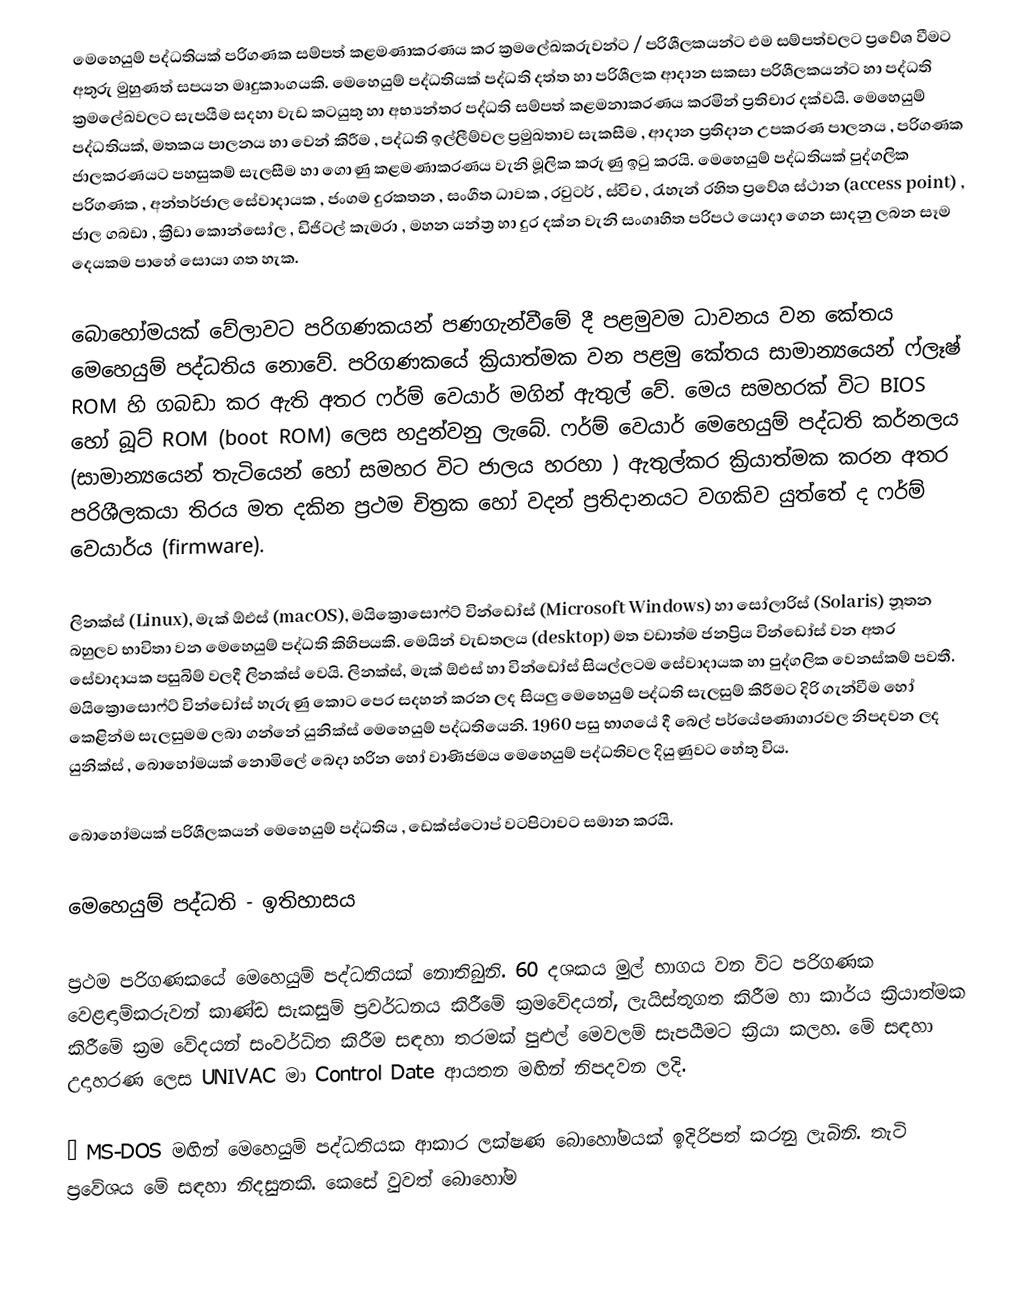
මෙහෙයුම් පද්ධතියක් පරිගණක සම්පත් කළමණාකරණය කර ක්‍රමලේඛකරුවන්ට / පරිශීලකයන්ට එම සම්පත්වලට ප්‍රවේශ වීමට අතුරු මුහුණත් සපයන මෘදුකාංගයකි. මෙහෙයුම් පද්ධතියක් පද්ධති දත්ත හා පරිශීලක ආදාන සකසා පරිශීලකයන්ට හා පද්ධති ක්‍රමලේඛවලට සැපයීම සදහා වැඩ කටයුතු හා අභ්‍යන්තර පද්ධති සම්පත් කළමනාකරණය කරමින් ප්‍රතිචාර දක්වයි. මෙහෙයුම් පද්ධතියක්, මතකය පාලනය හා වෙන් කිරීම , පද්ධති ඉල්ලීම්වල ප්‍රමුඛතාව සැකසීම , ආදාන ප්‍රතිදාන උපකරණ පාලනය , පරිගණක ජාලකරණයට පහසුකම් සැලසීම හා ගොණු කළමණාකරණය වැනි මූලික කරුණු ඉටු කරයි. මෙහෙයුම් පද්ධතියක් පුද්ගලික පරිගණක , අන්තර්ජාල සේවාදායක , ජංගම දුරකතන , සංගීත ධාවක , රවුටර් , ස්විච , රැහැන් රහිත ප්‍රවේශ ස්ථාන (access point) , ජාල ගබඩා , ක්‍රීඩා කොන්සෝල , ඩිජිටල් කැමරා , මහන යන්ත්‍ර හා දුර දක්න වැනි සංගෘහිත පරිපථ යොදා ගෙන සාදනු ලබන සෑම දෙයකම පාහේ සොයා ගත හැක.

බොහෝමයක් වේලාවට පරිගණකයන් පණගැන්වීමේ දී පළමුවම ධාවනය වන කේතය මෙහෙයුම් පද්ධතිය නොවේ. පරිගණකයේ ක්‍රියාත්මක වන පළමු‍ කේතය සාමාන්‍යයෙන් ෆ්ලෑෂ් ROM හි ගබඩා කර ඇති අතර ෆර්ම් වෙයාර් මගින් ඇතුල් වේ. මෙය සමහරක් විට BIOS හෝ බූට් ROM (boot ROM) ලෙස හදුන්වනු ලැබේ. ෆර්ම් වෙයාර් මෙහෙයුම් පද්ධති කර්නලය (සාමාන්‍යයෙන් තැටියෙන් හෝ සමහර විට ජාලය හරහා ) ඇතුල්කර ක්‍රියාත්මක කරන අතර පරිශීලකයා තිරය මත දකින ප්‍රථම චිත්‍රක හෝ වදන් ප්‍රතිදානයට වගකිව යුත්තේ ද ෆර්ම් වෙයාර්ය (firmware).

ලිනක්ස් (Linux), මැක් ඕඑස් (macOS), මයික්‍රොසොෆ්ට් වින්ඩෝස් (Microsoft Windows) හා සෝලාරිස්  (Solaris) නූතන බහුලව භාවිතා වන මෙහෙයුම් පද්ධති කිහිපයකි. මෙයින් වැඩතලය (desktop) මත වඩාත්ම ජනප්‍රිය වින්ඩෝස් වන අතර සේවාදායක පසුබිම් වලදී ලිනක්ස් වෙයි. ලිනක්ස්, මැක් ඕඑස් හා වින්ඩෝස් සියල්ලටම සේවාදායක හා පුද්ගලික වෙනස්කම් පවතී. මයික්‍රොසොෆ්ට් වින්ඩෝස් හැරුණු කොට පෙර සදහන් කරන ලද සියලු මෙහෙයුම් පද්ධති සැලසුම් කිරීමට දිරි ගැන්වීම හෝ කෙළින්ම සැලසුමම ලබා ගන්නේ යුනික්ස් මෙහෙයුම් පද්ධතියෙනි. 1960 පසු භාගයේ දී බෙල් පර්යේෂණාගාරවල නිපදවන ලද යුනික්ස් , බොහෝමයක් නොමිලේ බෙදා හරින හෝ වාණිජමය මෙහෙයුම් පද්ධතිවල දියුණුවට හේතු විය.

බොහෝමයක් පරිශීලකයන් මෙහෙයුම් පද්ධතිය , ඩෙක්ස්ටොප්  වටපිටාවට සමාන කරයි.

මෙහෙයුම් පද්ධති - ඉතිහාසය

ප්‍රථම පරිගණකයේ මෙහෙයුම් පද්ධතියක් නොතිබුනි. 60 දශකය මුල් භාගය වන විට පරිගණක වෙළඳාම්කරුවන් කාණ්ඩ සැකසුම් ප්‍රවර්ධනය කිරීමේ ක්‍රමවේදයන්, ලැයිස්තුගත කිරීම හා කාර්ය ක්‍රියාත්මක කිරීමේ ක්‍රම වේදයන් සංවර්ධිත කිරීම සඳහා තරමක් පුළුල් මෙවලම් සැපයීමට ක්‍රියා කලහ.  මේ සඳහා උදාහරණ ලෙස UNIVAC මා  Control Date ආයතන මඟින් නිපදවන ලදි.

·	MS-DOS මඟින් මෙහෙයුම් පද්ධතියක ආකාර ලක්ෂණ බොහෝමයක් ඉදිරිපත් කරනු ලැබිනි. තැටි ප්‍රවේශය මේ සඳහා නිදසුනකි. කෙසේ වුවත් බොහෝම